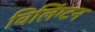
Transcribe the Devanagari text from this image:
विलिंग्‍टन